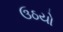
ઉઠયો